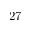
2 7